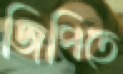
জিপিতে